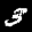
Label: 3